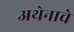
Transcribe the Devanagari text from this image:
अथेनाचे